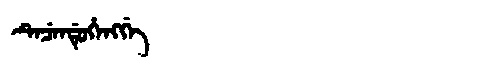
Manchu: ᡨᡝᠴᡝᠨᡩᡠᡥᡝᠩᡤᡝ
Romanization: TECENDUHENGGE